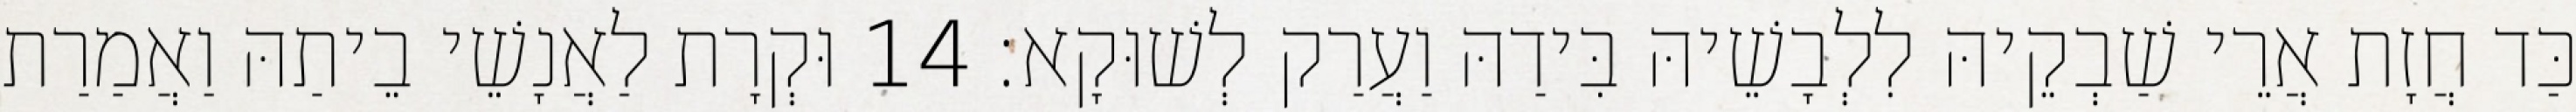
כַּד חֲזָת אֲרֵי שַׁבְקֵיהּ לִלְבָשֵׁיהּ בִּידַהּ וַעֲרַק לְשׁוּקָא׃ 14 וּקְרָת לַאֲנָשֵׁי בֵיתַהּ וַאֲמַרַת